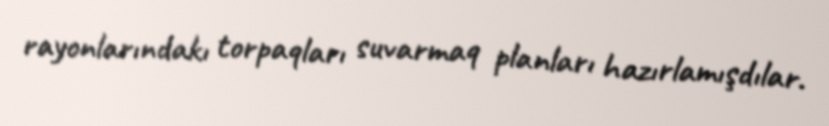
rayonlarındakı torpaqları suvarmaq planları hazırlamışdılar.